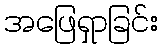
အဖြေရှာခြင်း